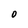
Character: O